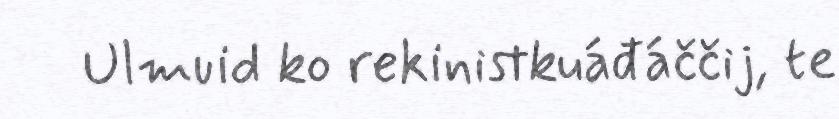
Ulmuid ko rekinistkuáđáččij, te